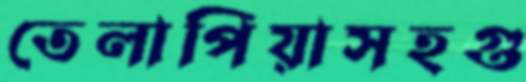
তেলাপিয়াসহগু